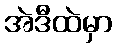
အဲဒီထဲမှာ